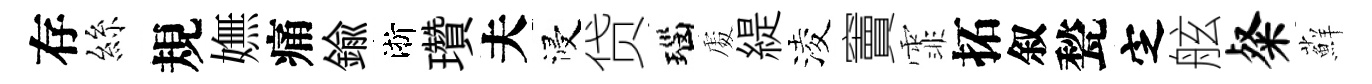
存絲規嫵痛鍮淅瓚夫浸贷瑙𠁅緹淩竇霏拓叙甃㝎舷粲蘚